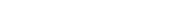
١١٥